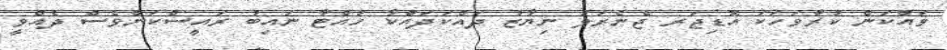
ވައްކަން ކުރާވަހަކަ އޮޑިޖަރ ޖެނެރަލަ ނިޔާޒު ދައްކަދައްކާ ހުއްޓާ ނައިބު ރައީސްކަންވެސް ދެއްވީ